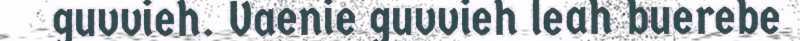
guvvieh. Vaenie guvvieh leah buerebe